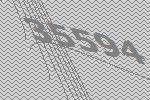
35594